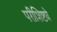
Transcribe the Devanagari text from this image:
परीशिष्ट्ये